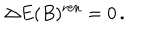
LaTeX: \Delta E ( B ) ^ { \mathrm { r e n } } = 0 \, .